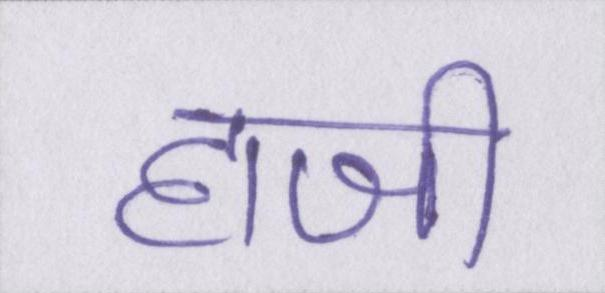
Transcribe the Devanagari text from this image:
हाजी